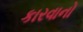
કારવાનો